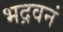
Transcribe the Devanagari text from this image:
भद्रवनं